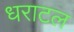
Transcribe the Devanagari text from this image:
धराटल